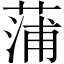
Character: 蒲